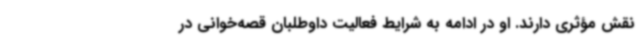
نقش مؤثری دارند. او در ادامه به شرایط فعالیت داوطلبان قصه‌خوانی در